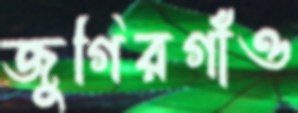
জুগিরগাঁও